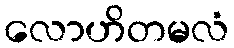
လောဟိတမလံ